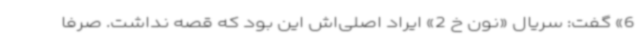
6» گفت: سریال «نون خ 2» ایراد اصلی‌اش این بود ‌که قصه نداشت. صرفا